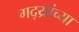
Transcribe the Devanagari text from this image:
गद्य्रांच्या